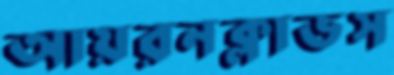
আয়রনক্লাডস